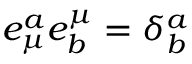
e _ { \mu } ^ { a } e _ { b } ^ { \mu } = \delta _ { b } ^ { a }